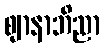
ဈာနာဘိညာ